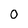
Character: 0